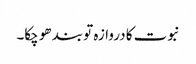
نبوت کا دروازہ تو بند ھو چکا۔